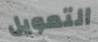
التمويل